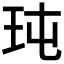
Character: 𤤀